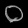
Digit: ၀